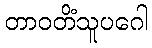
တာဝတိံသူပဂေါ